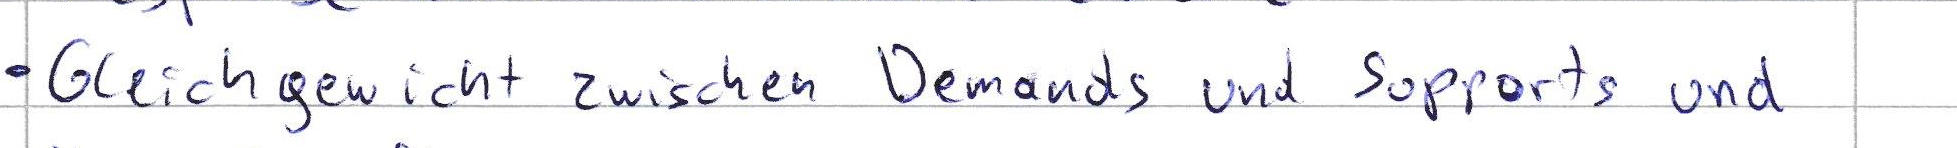
Gleichgewicht zwischen Demands und Supports und